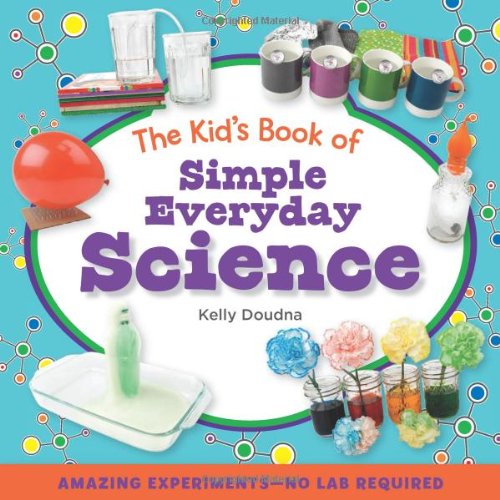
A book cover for The Kid's Book of Simple Everyday Science; Kelly Doudna; Children's Books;